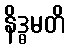
နိဒ္ဓမတိ